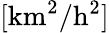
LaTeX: [\mathrm{km}^{2}/\mathrm{h}^{2}]